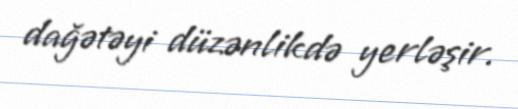
dağətəyi düzənlikdə yerləşir.